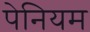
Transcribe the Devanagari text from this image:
पेनियम